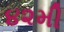
૪૨મી